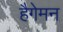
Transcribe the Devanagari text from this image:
हैगेमन